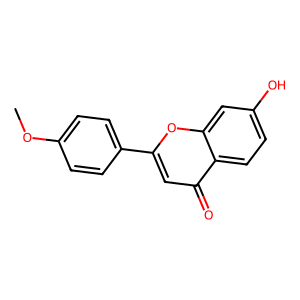
SMILES: COc1ccc(-c2cc(=O)c3ccc(O)cc3o2)cc1
Inhibits HIV replication: No